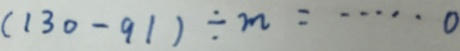
( 1 3 0 - 9 1 ) \div m = \cdots 0